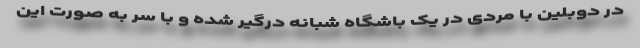
در دوبلین با مردی در یک باشگاه شبانه درگیر شده و با سر به صورت این